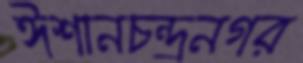
ঈশানচন্দ্রনগর